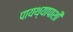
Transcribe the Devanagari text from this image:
पायथ्यापाशी